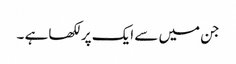
جن میں سے ایک پرلکھا ہے ۔